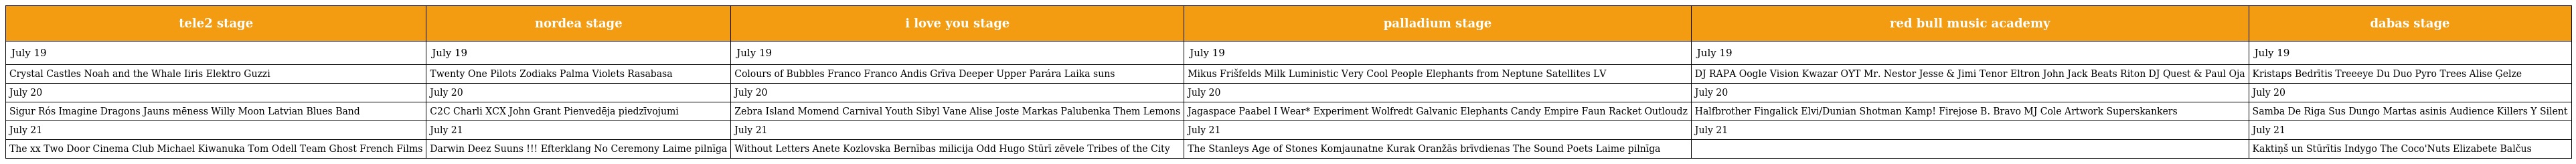
| tele2 stage | nordea stage | i love you stage | palladium stage | red bull music academy | dabas stage |
 | --- | --- | --- | --- | --- | --- |
 | July 19 | July 19 | July 19 | July 19 | July 19 | July 19 |
 | Crystal Castles Noah and the Whale Iiris Elektro Guzzi | Twenty One Pilots Zodiaks Palma Violets Rasabasa | Colours of Bubbles Franco Franco Andis Grīva Deeper Upper Parára Laika suns | Mikus Frišfelds Milk Luministic Very Cool People Elephants from Neptune Satellites LV | DJ RAPA Oogle Vision Kwazar OYT Mr. Nestor Jesse & Jimi Tenor Eltron John Jack Beats Riton DJ Quest & Paul Oja | Kristaps Bedrītis Treeeye Du Duo Pyro Trees Alise Ģelze |
 | July 20 | July 20 | July 20 | July 20 | July 20 | July 20 |
 | Sigur Rós Imagine Dragons Jauns mēness Willy Moon Latvian Blues Band | C2C Charli XCX John Grant Pienvedēja piedzīvojumi | Zebra Island Momend Carnival Youth Sibyl Vane Alise Joste Markas Palubenka Them Lemons | Jagaspace Paabel I Wear* Experiment Wolfredt Galvanic Elephants Candy Empire Faun Racket Outloudz | Halfbrother Fingalick Elvi/Dunian Shotman Kamp! Firejose B. Bravo MJ Cole Artwork Superskankers | Samba De Riga Sus Dungo Martas asinis Audience Killers Y Silent |
 | July 21 | July 21 | July 21 | July 21 | July 21 | July 21 |
 | The xx Two Door Cinema Club Michael Kiwanuka Tom Odell Team Ghost French Films | Darwin Deez Suuns !!! Efterklang No Ceremony Laime pilnīga | Without Letters Anete Kozlovska Bernības milicija Odd Hugo Stūrī zēvele Tribes of the City | The Stanleys Age of Stones Komjaunatne Kurak Oranžās brīvdienas The Sound Poets Laime pilnīga |  | Kaktiņš un Stūrītis Indygo The Coco'Nuts Elizabete Balčus |